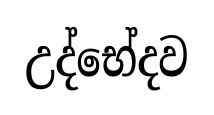
උද්භේදව